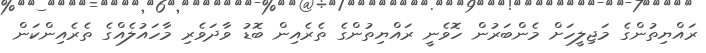
ރައްޔިތުންގެ މަޖިލީހަށް މެންބަރުން ހޮވެނީ ރައްޔިތުންގެ ތެރެއިން ބޮޑު ވާދަވެރި މާހައުލެއްގެ ތެރެއިންކަން